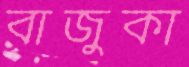
বাজুকা